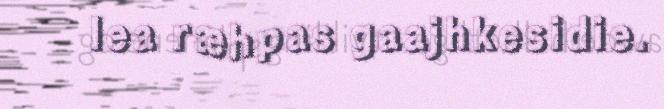
lea ræhpas gaajhkesidie.